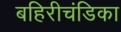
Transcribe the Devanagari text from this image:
बहिरीचंडिका